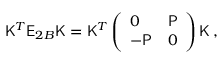
\begin{array} { r } { \mathsf { K } ^ { T } { \mathsf { E } } _ { 2 B } \mathsf { K } = \mathsf { K } ^ { T } \left( \begin{array} { l l } { 0 } & { \mathsf { P } } \\ { - \mathsf { P } } & { 0 } \end{array} \right) \mathsf { K } \, , } \end{array}